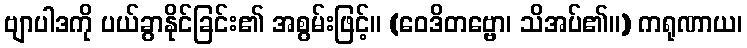
ဗျာပါဒကို ပယ်ခွာနိုင်ခြင်း၏ အစွမ်းဖြင့်။ (ဝေဒိတဗ္ဗော၊ သိအပ်၏။) ကရုဏာယ၊